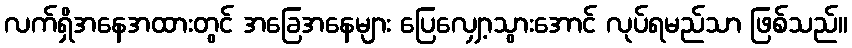
လက်ရှိအနေအထားတွင် အခြေအနေများ ပြေလျှော့သွားအောင် လုပ်ရမည်သာ ဖြစ်သည်။